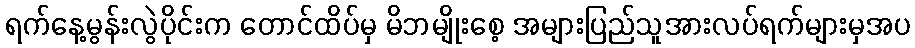
ရက်နေ့မွန်းလွဲပိုင်းက တောင်ထိပ်မှ မိဘမျိုးစေ့ အများပြည်သူအားလပ်ရက်များမှအပ